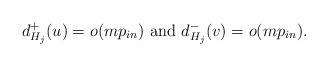
LaTeX: \begin{align*} d^+_{H_j}(u) = o(mp_{in}) \mbox{ and } d^-_{H_j}(v) = o(mp_{in}). \end{align*}